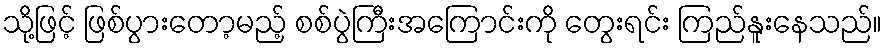
သို့ဖြင့် ဖြစ်ပွားတော့မည့် စစ်ပွဲကြီးအကြောင်းကို တွေးရင်း ကြည်နူးနေသည်။